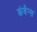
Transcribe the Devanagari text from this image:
कंबैन्स